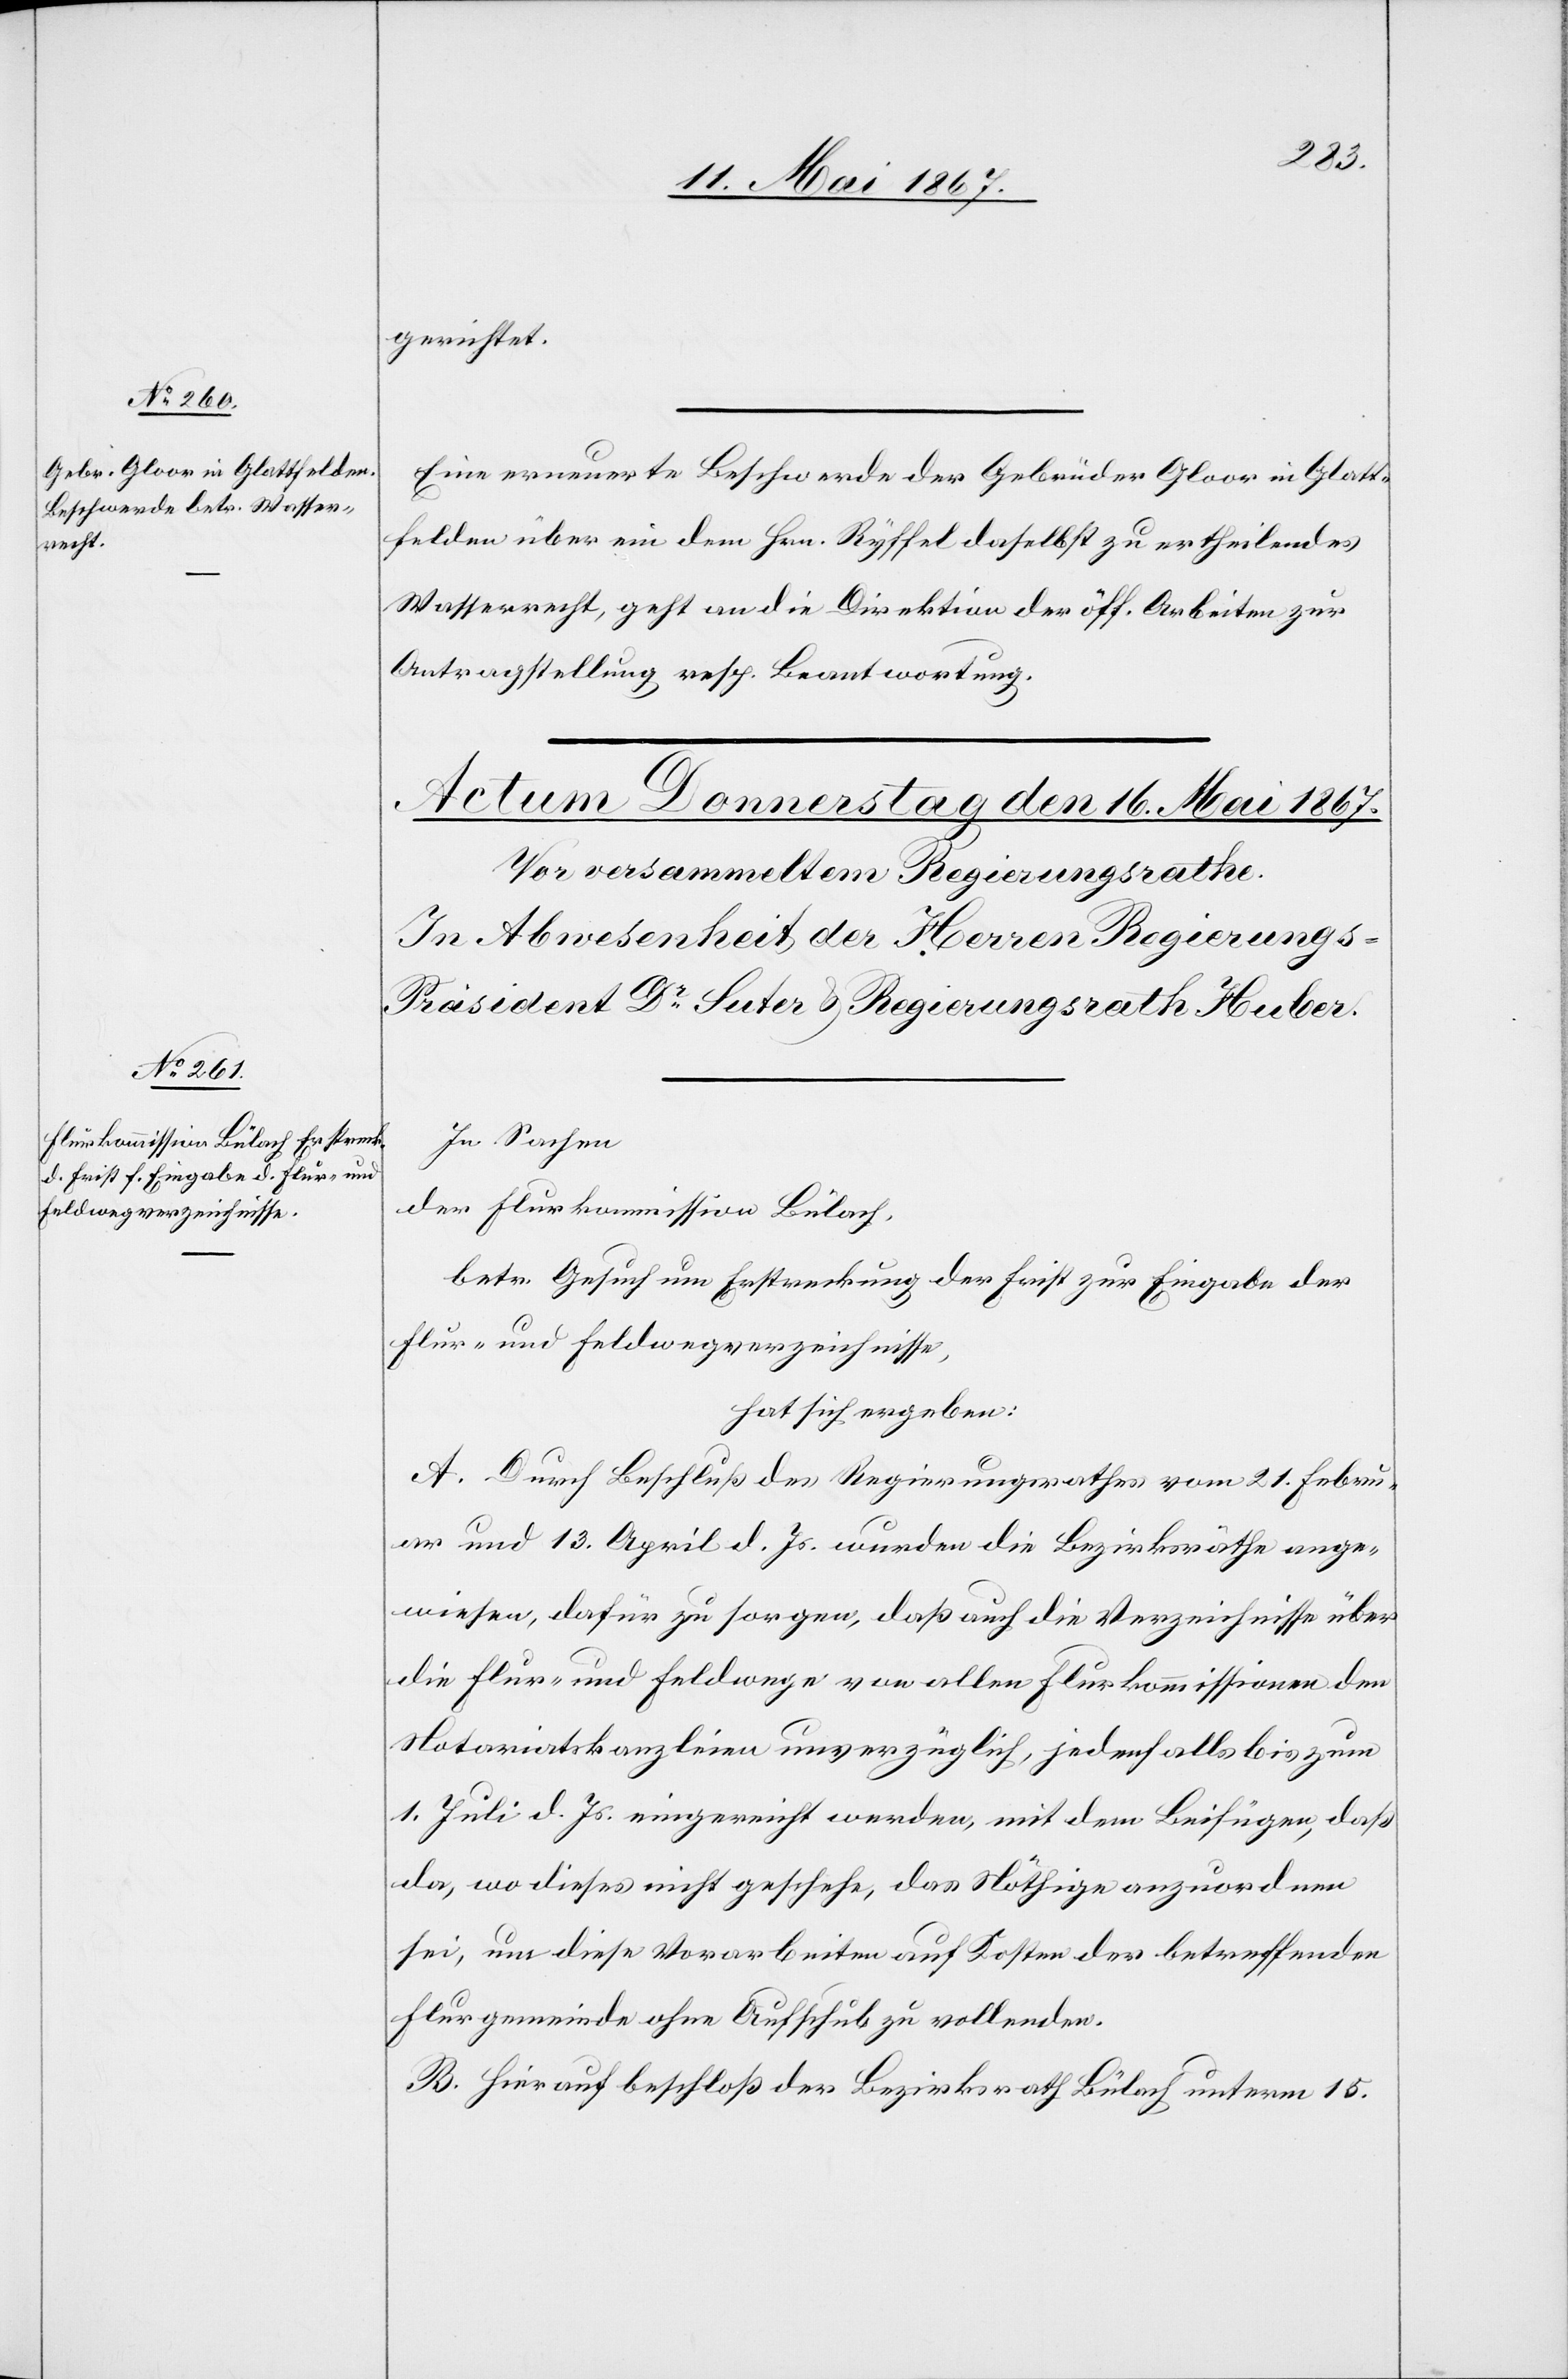
15. Mai 1867.]
gerichtet.
Eine erneuerte Beschwerde der Gebrüder Gloor in Glatt¬
felden über ein dem Hrn. Ryffel daselbst zu ertheilendes
Wasserrecht, geht an die Direktion der öff. Arbeiten zur
Antragstellung resp. Beantwortung.
In Sachen
der Flurkommission Bülach,
betr. Gesuch um Erstreckung der Frist zur Eingabe der
Flur- und Feldwegverzeichnisse,
hat sich ergeben:
A. Durch Beschluß des Regierungsrathes vom 21. Febru¬
ar und 13. April d. Js. wurden die Bezirksräthe ange¬
wiesen, dafür zu sorgen, daß auch die Verzeichnisse über
die Flur- und Feldwege von allen Flurkommissionen den
Notariatskanzleien unverzüglich, jedoch alle bis zum
1. Juli d. Js. eingereicht werden, mit dem Beifügen, daß
da, wo dieses nicht geschehe, das Nöthige anzuordnen
sei, um diese Vorarbeiten auf Kosten der betreffenden
Flurgemeinde ohne Aufschub zu vollenden.
B. Hierauf beschloß der Bezirksrath Bülach unterm 15.